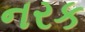
નરક